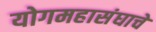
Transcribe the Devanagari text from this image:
योगमहासंघाचे